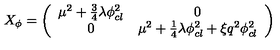
X _ { \phi } = \left( \begin{array} { c c } { \mu ^ { 2 } + \frac { 3 } { 4 } \lambda \phi _ { c l } ^ { 2 } } & { 0 } \\ { 0 } & { \mu ^ { 2 } + \frac { 1 } { 4 } \lambda \phi _ { c l } ^ { 2 } + \xi q ^ { 2 } \phi _ { c l } ^ { 2 } } \\ \end{array} \right)